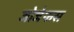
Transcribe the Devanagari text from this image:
जोजेफस